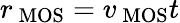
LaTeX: r_{\mathrm{\ MOS{}}}=v_{\mathrm{\ MOS{}}}t